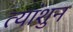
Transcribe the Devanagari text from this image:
त्यांशुन